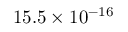
1 5 . 5 \times 1 0 ^ { - 1 6 }